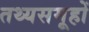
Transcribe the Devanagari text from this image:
तथ्यसमूहों